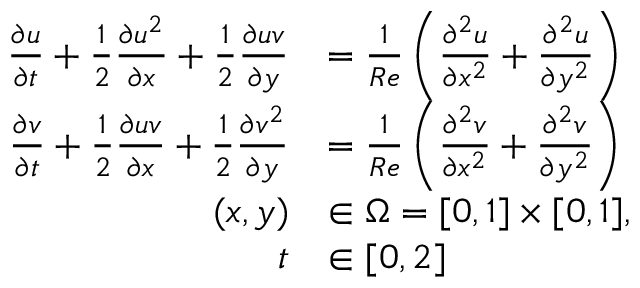
\begin{array} { r l } { \frac { \partial u } { \partial t } + \frac { 1 } { 2 } \frac { \partial u ^ { 2 } } { \partial x } + \frac { 1 } { 2 } \frac { \partial u v } { \partial y } } & { = \frac { 1 } { R e } \left( \frac { \partial ^ { 2 } u } { \partial x ^ { 2 } } + \frac { \partial ^ { 2 } u } { \partial y ^ { 2 } } \right) } \\ { \frac { \partial v } { \partial t } + \frac { 1 } { 2 } \frac { \partial u v } { \partial x } + \frac { 1 } { 2 } \frac { \partial v ^ { 2 } } { \partial y } } & { = \frac { 1 } { R e } \left( \frac { \partial ^ { 2 } v } { \partial x ^ { 2 } } + \frac { \partial ^ { 2 } v } { \partial y ^ { 2 } } \right) } \\ { ( x , y ) } & { \in \Omega = [ 0 , 1 ] \times [ 0 , 1 ] , } \\ { t } & { \in [ 0 , 2 ] } \end{array}